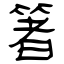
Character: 箸